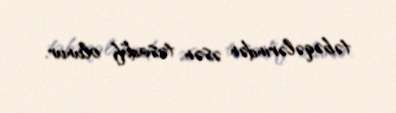
təbəqələrindən əsən təsadüf olunur.